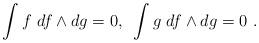
LaTeX: \begin{align*}\int f ~df \wedge dg = 0, ~ \int g ~ df \wedge dg = 0 ~.\end{align*}